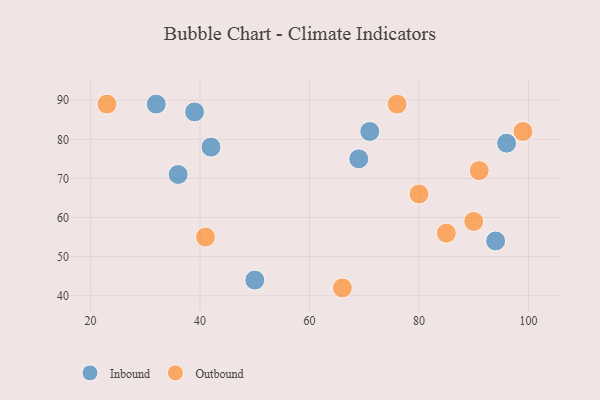
{"axis": {"x": "GDP", "y": "Life Expectancy"}, "legend": ["Inbound", "Outbound"], "data": [{"x": "42", "y": 78, "type": "Inbound"}, {"x": "50", "y": 44, "type": "Inbound"}, {"x": "36", "y": 71, "type": "Inbound"}, {"x": "96", "y": 79, "type": "Inbound"}, {"x": "39", "y": 87, "type": "Inbound"}, {"x": "69", "y": 75, "type": "Inbound"}, {"x": "94", "y": 54, "type": "Inbound"}, {"x": "32", "y": 89, "type": "Inbound"}, {"x": "71", "y": 82, "type": "Inbound"}, {"x": "41", "y": 55, "type": "Outbound"}, {"x": "66", "y": 42, "type": "Outbound"}, {"x": "91", "y": 72, "type": "Outbound"}, {"x": "90", "y": 59, "type": "Outbound"}, {"x": "80", "y": 66, "type": "Outbound"}, {"x": "76", "y": 89, "type": "Outbound"}, {"x": "99", "y": 82, "type": "Outbound"}, {"x": "23", "y": 89, "type": "Outbound"}, {"x": "85", "y": 56, "type": "Outbound"}]}